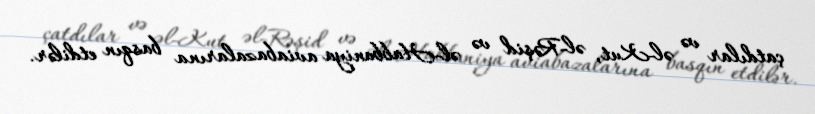
çatdılar və əl-Kut, əl-Rəşid və əl-Habbaniya aviabazalarına basqın etdilər.